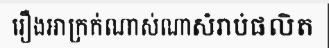
រឿងអាក្រក់ណាស់ណាសំរាប់ផលិត